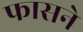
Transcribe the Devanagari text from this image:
फासने